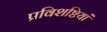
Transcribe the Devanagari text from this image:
प्रविशष्टियां